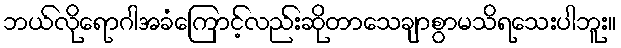
ဘယ်လိုရောဂါအခံကြောင့်လည်းဆိုတာသေချာစွာမသိရသေးပါဘူး။